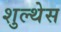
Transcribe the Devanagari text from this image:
शुल्थेस